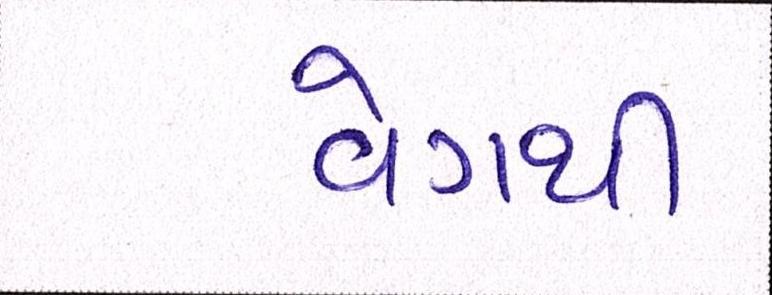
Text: વેગથી